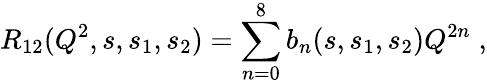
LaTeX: R_{12}(Q^{2},s,s_{1},s_{2})=\sum_{n=0}^{8}b_{n}(s,s_{1},s_{2})Q^{2n}\; ,